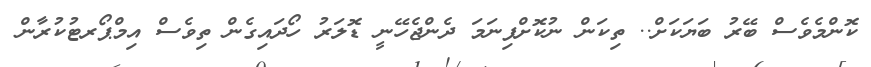
ކޮންމެވެސް ބޭރު ބަޔަކަށް.. ތިކަން ނުކޮށްފިނަމަ ދެންޖެހޭނީ ޑޮލަރު ހޯދައިގެން ތިވެސް އިމްޕޯރޓުކުރާން